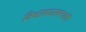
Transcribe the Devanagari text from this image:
विश्वासघातक्यांची